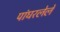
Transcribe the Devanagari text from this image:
पांघरलेले